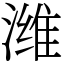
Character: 潍